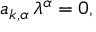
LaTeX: a _ { k , \alpha } \, \lambda ^ { \alpha } = 0 ,